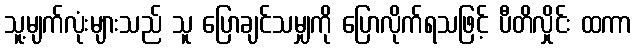
သူ့မျက်လုံးများသည် သူ ပြောချင်သမျှကို ပြောလိုက်ရသဖြင့် ပီတိလှိုင်း ထကာ